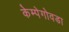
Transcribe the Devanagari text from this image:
केम्पेगोवडा